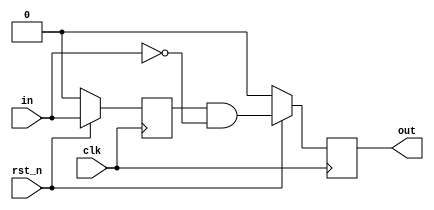

module level2pulse(
    input wire clk,
    input wire rst_n,
    input wire in,
    output reg out
    );

    parameter MODE = "BOTH";  // 

    reg temp_out;

    always @(posedge clk) begin
        if (!rst_n) begin
            temp_out <= 0;
        end
        else begin
            temp_out <= in;
        end
    end

    always @(posedge clk) begin
        if (!rst_n) begin
            out <= 0;
        end
        else if (MODE == "BOTH") begin // BOTH:
            out = temp_out & ~in;
        end
        else if (MODE == "RISING") begin // RISING:
            out = ~temp_out & in;
        end
        else if (MODE == "FALLING") begin // FALLING:
            out = temp_out & ~in;
        end
    end
endmodule